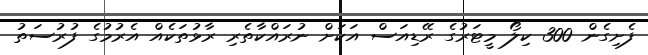
ފެށިގެން 300 ކިލޯ މީޓަރުގެ ރޭޑިއަސް އަކަށް ނުރައްކާތެރި ރާޅުތަކެއް އެރުމުގެ ފުރުސަތު